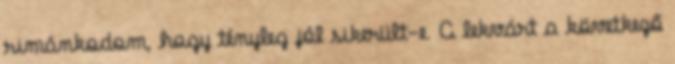
rimánkodom, hogy tényleg jól sikerült-e. A lekvárt a következő